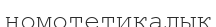
номотетикалық